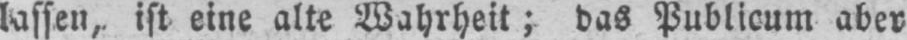
lassen, ist eine alte Wahrheit; bas Publicum aber